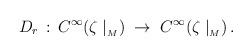
LaTeX: \begin{align*} D_r \,: \, C^\infty (\zeta \mid_{_M}) \; \rightarrow \; C^\infty(\zeta \mid_{_M}) \, .\end{align*}